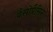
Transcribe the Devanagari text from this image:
वैसोप्रैसिन